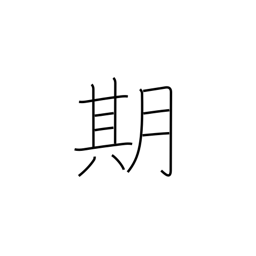
Meaning: time